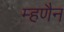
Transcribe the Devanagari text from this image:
म्हणैन